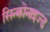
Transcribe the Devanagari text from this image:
सिन्क्रोनाइज्ड